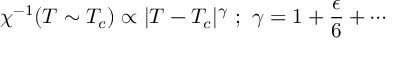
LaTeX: \chi ^ { - 1 } ( T \sim T _ { c } ) \propto | T - T _ { c } | ^ { \gamma } ~ ; ~ \gamma = 1 + \frac { \epsilon } { 6 } + \cdots